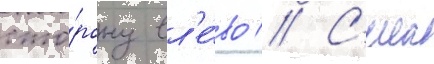
сто́рону вл'е́во // С'ила